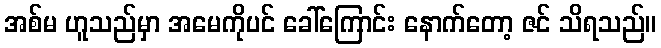
အစ်မ ဟူသည်မှာ အမေကိုပင် ခေါ်ကြောင်း နောက်တော့ ဇင် သိရသည်။